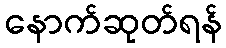
နောက်ဆုတ်ရန်